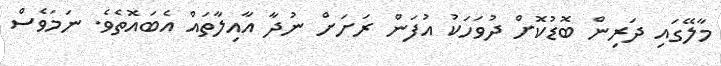
މާލޭގައި ދަރިން ބޮޑުކޮށް ދުވަހަކު އުފަން ރަށަށް ނުދާ އާއިލާތައް އެބައޮތެވެ. ނަމަވެސް